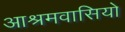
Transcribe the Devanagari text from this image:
आश्रमवासियो